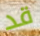
قد